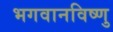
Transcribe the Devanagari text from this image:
भगवानविष्णु